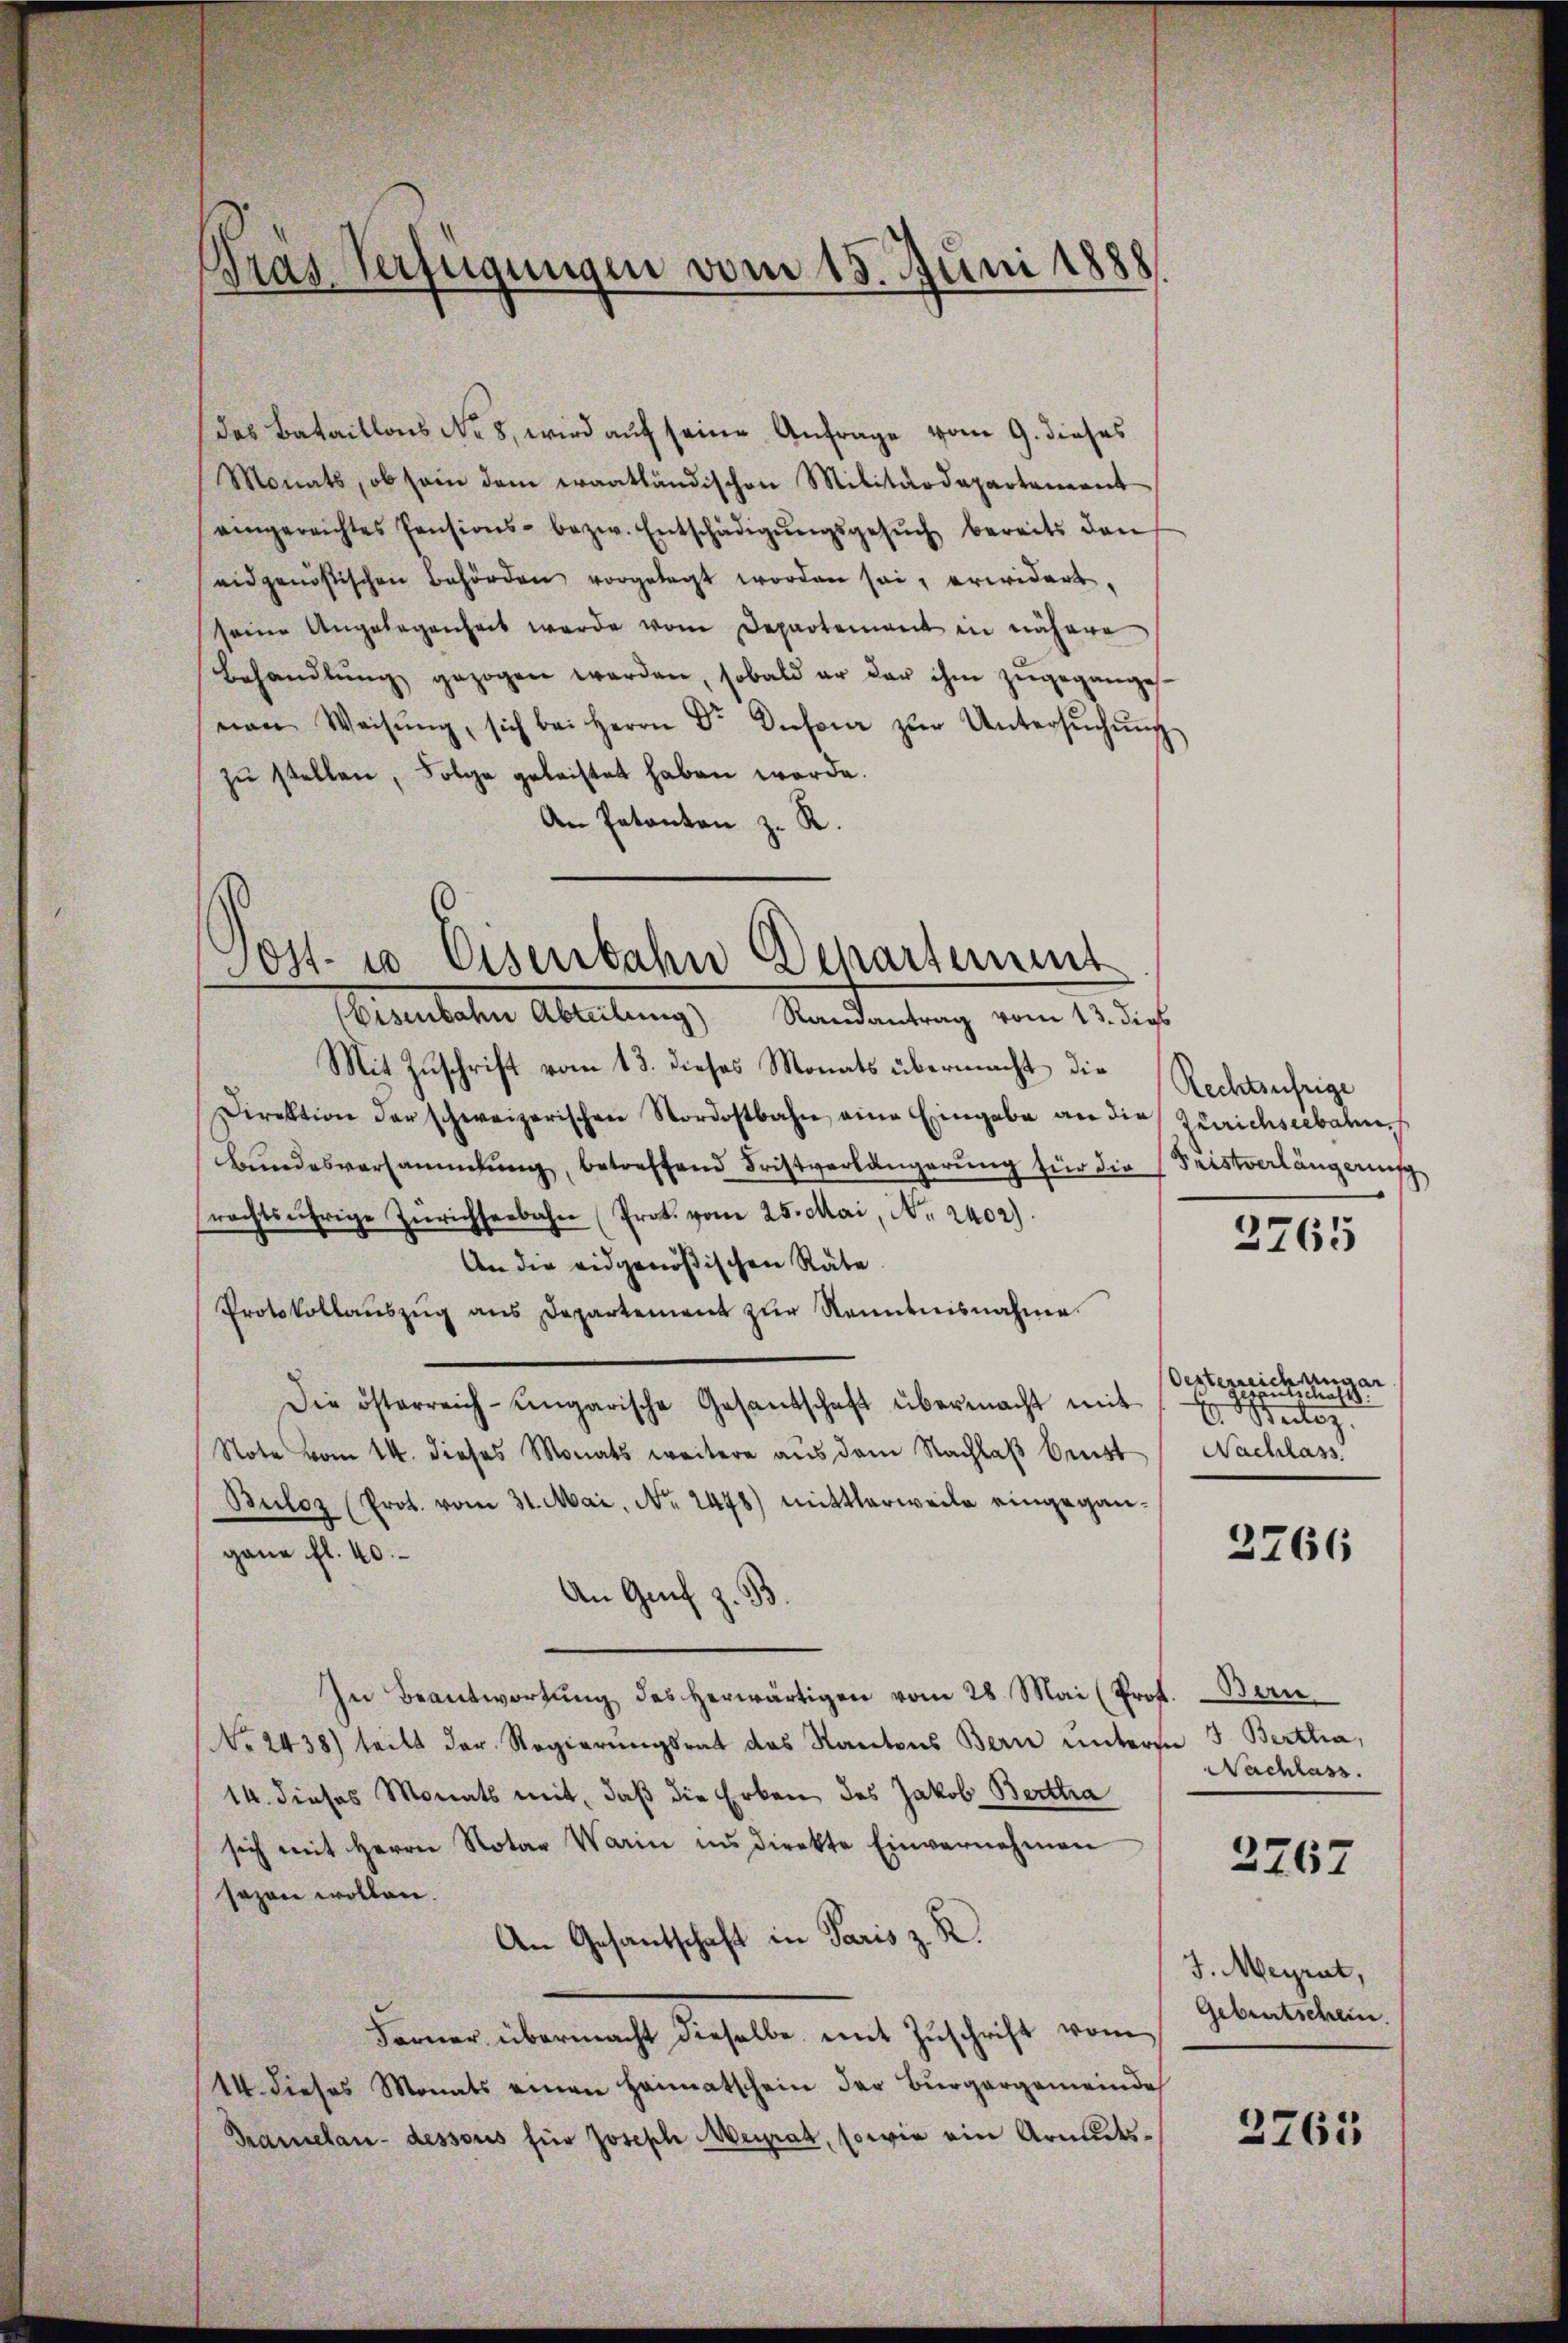
Tras Verfügungen vom 13. Juni 1888

das Bataillons No 8, wird auf seine Anfrage vom 9. dieses
Monats, ob sein dem Krantländischen Militärdepartement
eingereichtes Pensions- bezw. Entschädigŭngsgesŭch bereits den
eidgenössischen Behörden, vorgelegt worden sei, erwidert,
seine Angelegenheit werde vom Departement in nähere
Behandlŭng gezogen werden, sobald er der ihm zŭgeganges
von Weisŭng, sich bei Herrn Dr Dufour zŭr Untersŭchŭng
zŭ stellen, Folge geleistet haben werde.
An Patanton z. R.
(Eisenbahn Abteilung) Randantrag vom 13. dies
Mit Zuschrift vom 13. dieses Monats übermacht die
Direktion der schweizerischen Nordostbahn eine Eingabe an die Zürichseebahn
Bŭndesversammlung, betreffend Fristverlängerŭng für die Seestverlängerung
rechtsufrige Zürichseebahn (Prok. vom 25. Mai, N. 2402).
An die eidgenößischen Räte.
Protokollauszug aus Departement zur Kenntnisnahme
Die österreich-ungarische Gesandschaft übermacht mit
Note vom 14. dieses Monats weitere aus dem Nachlaβ best
Buloz (Prot. vom 31. Mai, No. 2478) mittlerweile eingegangane fl. 40.
An Graf z. 33
In Beantwortung des herwärtigen vom 28. Mai (Prof. Bern
No. 2438) teilt der Regierungsrat des Kantons Bern unteren 3. Bertha,
14. dieses Monats mit, daß die Erben des Jakob Bertha
sich mit Herrn Notar Warin ins direkte Einvernehmen
sazen wollen.
An Gesantschaft in Paris z. R.
Famner übermacht dieselbe mit Zuschrift vom
14. dieses Monats einen Heimatschein der Bürgergemeinde
Kramelan- dessous für Joseph Meyrat, sowie ein Armuts¬

Post- u Eisenbahn Departement

Rechtsufrige

2765

Oesterreich ungar
utächt
V. Beilag
Nachlass

2766

Nachlass.

2267

J. Meyrat,
Gebentschein.

2765